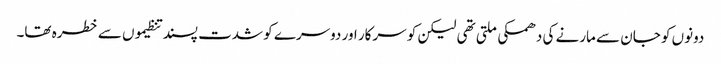
دونوں کو جان سے مارنے کی دھمکی ملتی تھی لیکن کو سرکار اور دوسرے کو شدت پسند تنظیموں سے خطرہ تھا۔